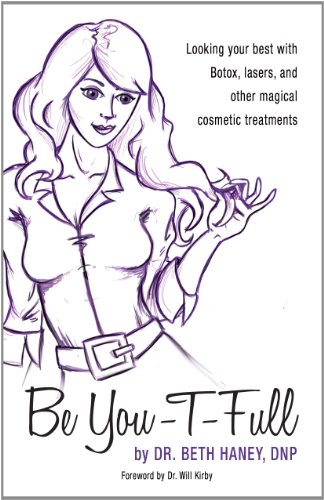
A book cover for Be You-T-Full: Looking your best with Botox, lasers, and other magical cosmetic treatments; Dr. Beth Haney; Health, Fitness & Dieting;